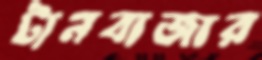
টানবাজার